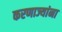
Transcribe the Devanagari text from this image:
करणाज्यांना